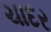
ચાદર